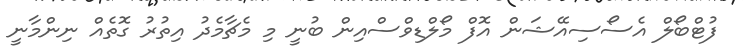
ފުޓްބޯލް އެސޯސިއޭޝަން އޮފް މޯލްޑިވްސްއިން ބުނީ މި މެޗާމެދު އިތުރު ގޮތެއް ނިންމާނީ